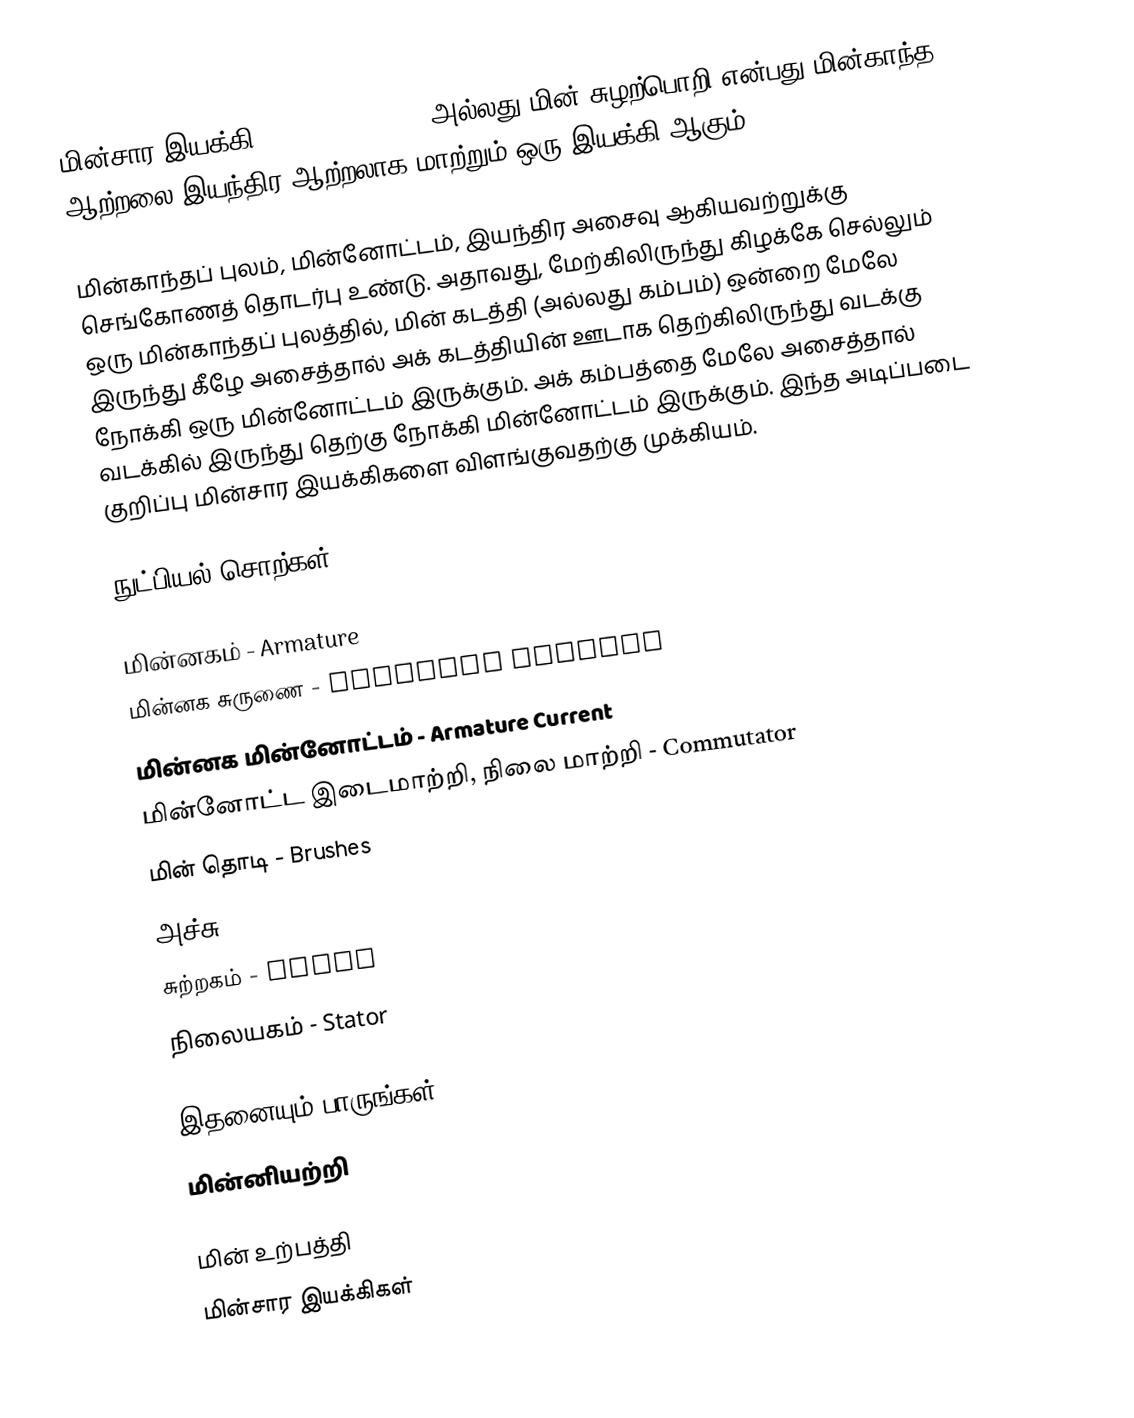
மின்சார இயக்கி  (Electric Motor) அல்லது மின் சுழற்பொறி என்பது மின்காந்த ஆற்றலை இயந்திர ஆற்றலாக மாற்றும் ஒரு இயக்கி ஆகும் .

மின்காந்தப் புலம், மின்னோட்டம், இயந்திர அசைவு ஆகியவற்றுக்கு செங்கோணத் தொடர்பு உண்டு. அதாவது, மேற்கிலிருந்து கிழக்கே செல்லும் ஒரு மின்காந்தப் புலத்தில், மின் கடத்தி (அல்லது கம்பம்) ஒன்றை மேலே இருந்து கீழே அசைத்தால் அக் கடத்தியின் ஊடாக தெற்கிலிருந்து வடக்கு நோக்கி ஒரு மின்னோட்டம் இருக்கும். அக் கம்பத்தை மேலே அசைத்தால் வடக்கில் இருந்து தெற்கு நோக்கி மின்னோட்டம் இருக்கும். இந்த அடிப்படை குறிப்பு மின்சார இயக்கிகளை விளங்குவதற்கு முக்கியம்.

நுட்பியல் சொற்கள்

 மின்னகம் - Armature
 மின்னக சுருணை - Armature Winding
 மின்னக மின்னோட்டம் - Armature Current
 மின்னோட்ட இடைமாற்றி, நிலை மாற்றி - Commutator
 மின் தொடி - Brushes
 அச்சு - Axle
 சுற்றகம் - Rotor
 நிலையகம் - Stator

இதனையும் பாருங்கள்
மின்னியற்றி

மின் உற்பத்தி
மின்சார இயக்கிகள்